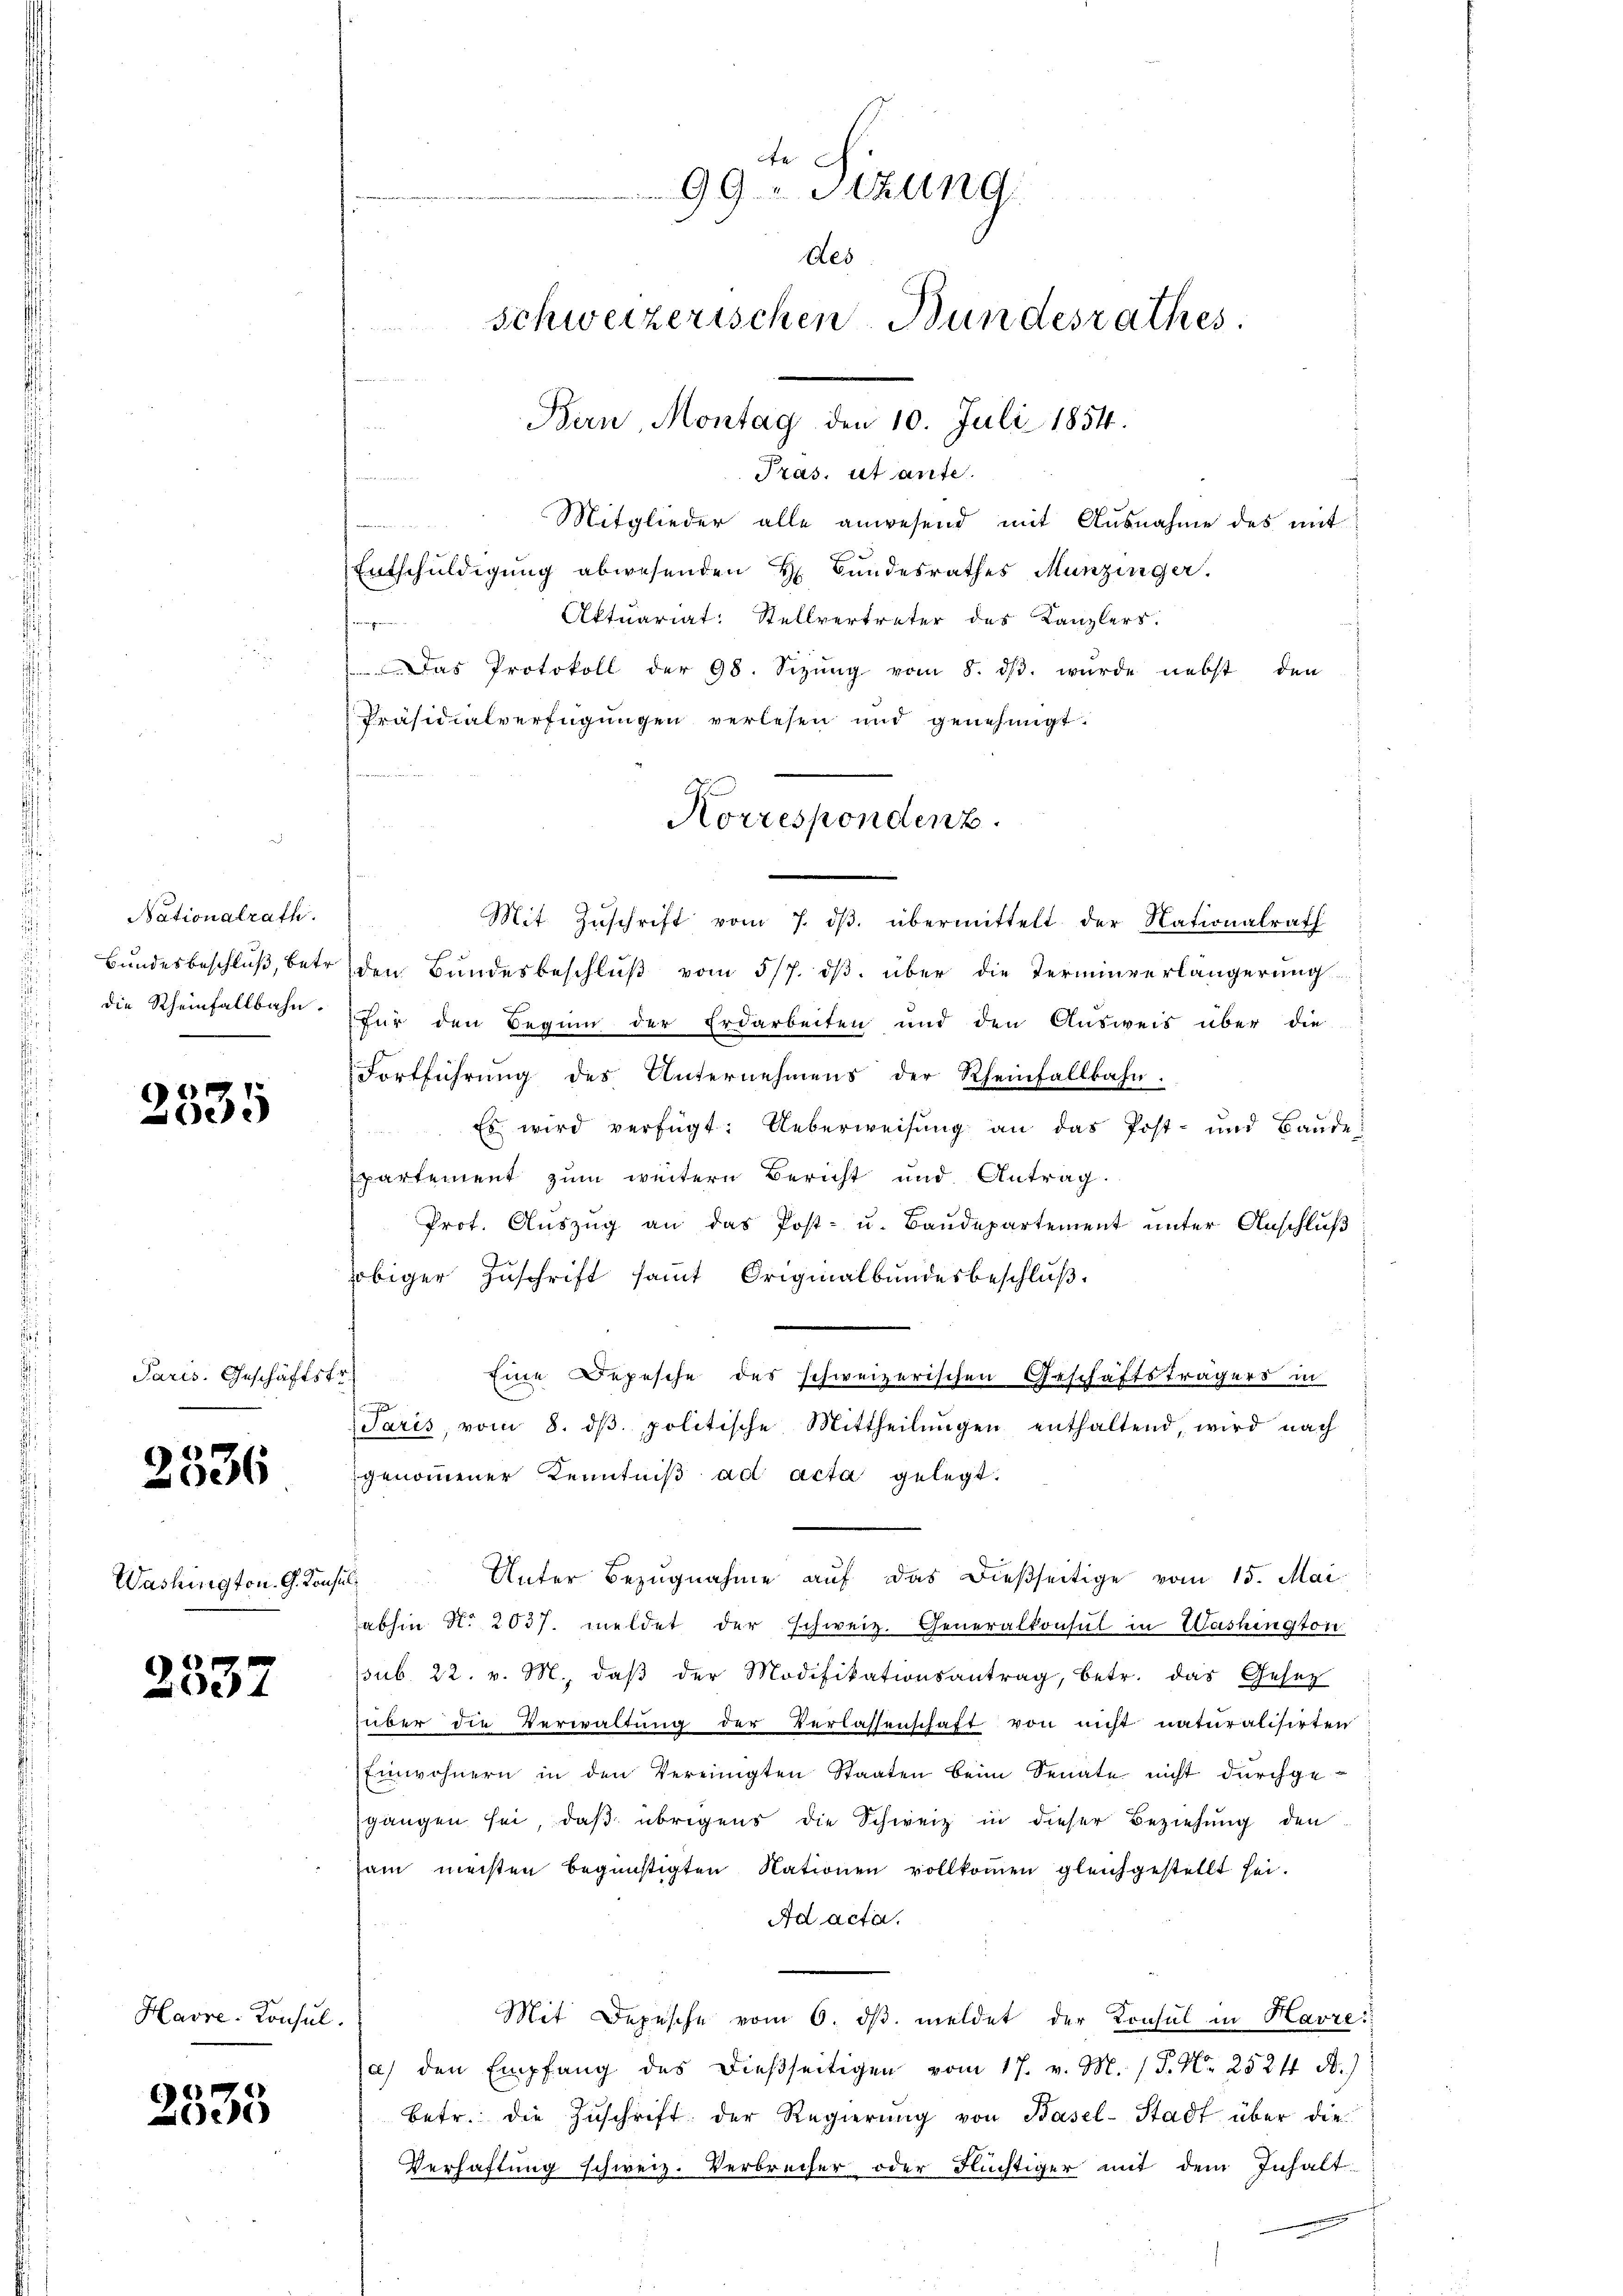
Nationalrath.

.
e

Paris. Geschäftsfr.

2336

Washington. G. Konsul

2537

Havre-Konsul

2535

de
99 Itzung
Des
schweizerischen Bundesrathes
Bern, Montag den 10. Juli 1854.

Pras. et ante.
u
Mitglieder alle anwesend mit Ausnahme des mit
Entschuldigung abwesenden H. Bundesrathes Munzinger.
Aktuariat: Stellvertreter des Kanzlers.
von weiten Brenne
Das Protokoll der 98. Sizŭng vom 8. dβ. wurde nebst den
Präsidialverfügungen verlesen und genehmigt.
w
Mit Zuschrift vom 7. dβ. übermittelt der Nationalrath
Bundesbeschluß, betr. den Bundesbeschlŭβ vom 5/7. dβ über die Terminverlängerung
die Rheinfallbahn für den Beginn der Erdarbeiten und den Ausweis über die
Fortführŭng des Unternehmens der Rheinfallbahn.
Es wird verfügt: Ueberweisung an das Post- und Baude:
spartement zum weitern Bericht und Antrag
Prot. Auszug an das Post- u. Baudepartement unter Anschluß
obiger Zuschrift samt Originalbundesbeschluß
Eine Depesche des schweizerischen Geschäftsträgers in
i
Saris, vom 8. dβ. politische Mittheilŭngen enthaltend, wird nach
genommener Kenntniß ad acta gelegt.
Unter Bezugnahme auf das dießseitige vom 15. Mai.
abhin No. 2037. meldet der schweiz. Generalkonsul in Washington
ssub. 22. v. M. daβ der Modifikationsantrag, betr. das Gesez
über die Verwaltung der Verlassenschaft von nicht naturalisirten
Einwohnern in den Vereinigten Staaten beim Senate nicht durchge-
sgangen sei, daβ übrigens die Schweiz in dieser Beziehung den
sam meisten begünstigten Nationen vollkommen gleichgestellt sei.
Ad acta.
Mit Depesche vom 6. dβ. meldet der Konsul in Havre
a) den Empfang des dießseitigen vom 17. v. M. / P. Nr. 252f A.)
betr. die Zŭschrift der Regierŭng von Basel-Stadt über die
Verhaftung schweiz. Verbrecher oder Flüchtiger mit dem Inhalt

Korrespondenz.